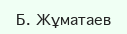
Б. Жұматаев